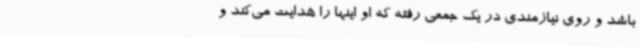
باشد و روی نیازمندی در یک جمعی رفته که او اینها را هدایت می‌کند و